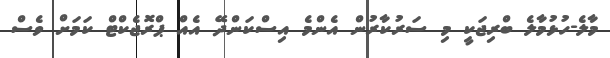
މާލެ-ހުޅުމާލެ ބްރިޖަކީ މި ސަރުކާރުން އެންމެ އިސްކަންދޭ އެއް ޕްރޮޖެކްޓް ކަމަށް ވެސް